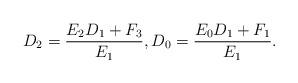
LaTeX: \begin{align*}D_2=\frac{E_2D_1+F_3}{E_1},D_0=\frac{E_0D_1+F_1}{E_1}.\end{align*}